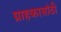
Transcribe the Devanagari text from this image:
ग्राहकासांठी